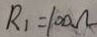
R _ { 1 } = 1 0 0 \Omega